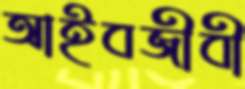
আইবজীবী